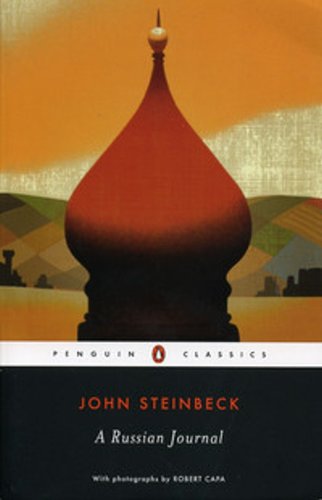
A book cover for A Russian Journal (Classic, 20th-Century, Penguin); John Steinbeck; Travel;